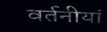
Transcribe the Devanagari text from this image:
वर्तनीयां